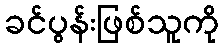
ခင်ပွန်းဖြစ်သူကို